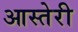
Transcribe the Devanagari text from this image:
आस्तेरी